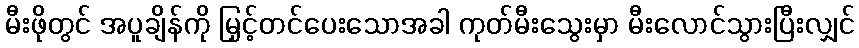
မီးဖိုတွင် အပူချိန်ကို မြှင့်တင်ပေးသောအခါ ကုတ်မီးသွေးမှာ မီးလောင်သွားပြီးလျှင်